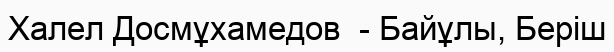
Халел Досмұхамедов  - Байұлы, Беріш